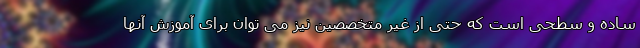
ساده و سطحی است که حتی از غیر متخصصین نیز می توان برای آموزش آنها